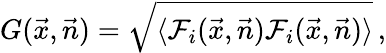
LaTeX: G(\vec{x},\vec{n})=\sqrt{\langle\mathcal{F}_{i}(\vec{x},\vec{n})\mathcal{F}_{i}(\vec{x},\vec{n})\rangle}\, ,